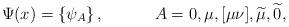
LaTeX: \begin{align*}\Psi (x)=\left\{ \psi _A\right\} ,\hspace{0.5in}A=0,\mu ,[\mu \nu], \widetilde{\mu },\widetilde{0} , \end{align*}